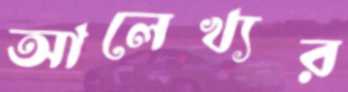
আলেখ্যর